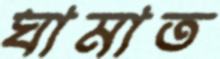
ঘামাত